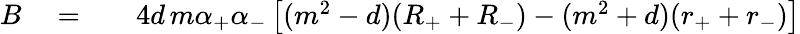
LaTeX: \begin{array}{rlr}{B}&{{}=}&{\quad 4d\, m\alpha_{+}\alpha_{-}\left[(m^{2}-d)(R_{+}+R_{-})-(m^{2}+d)(r_{+}+r_{-})\right]}\end{array}